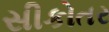
સીકોતર